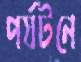
পর্যটনে